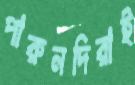
পারুনদিরাই